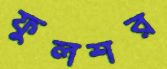
ফুলশর